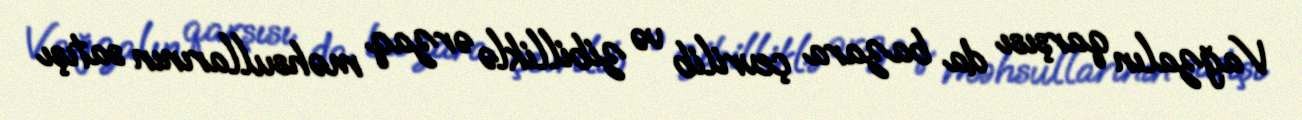
Vağzalın qarşısı da bazara çevrilib və zibilliklə ərzaq məhsullarının satışı